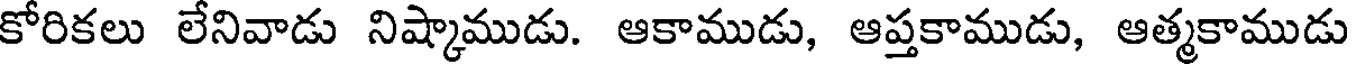
కోరికలు లేనివాడు నిష్కాముడు. ఆకాముడు, ఆప్తకాముడు, ఆత్మకాముడు